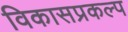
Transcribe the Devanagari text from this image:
विकासप्रकल्प